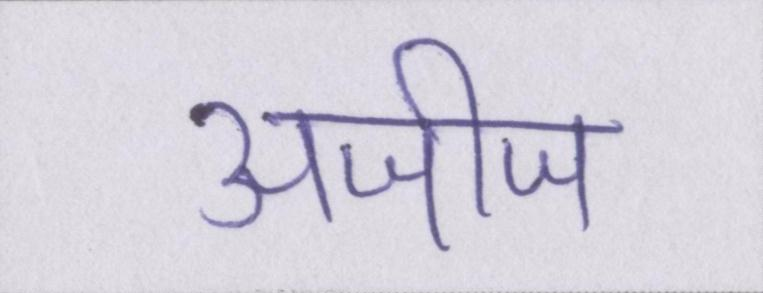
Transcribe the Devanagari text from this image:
अजीज